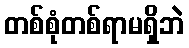
တစ်စုံတစ်ရာမရှိဘဲ